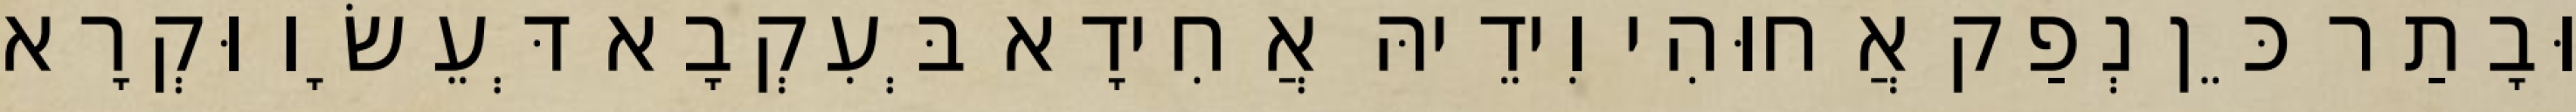
וּבָתַר כֵּן נְפַק אֲחוּהִי וִידֵיהּ אֲחִידָא בְּעִקְבָא דְּעֵשָׂו וּקְרָא